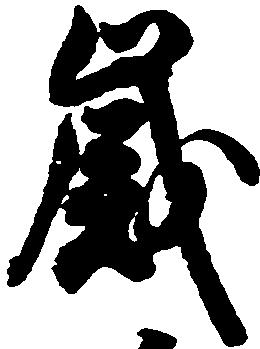
歳